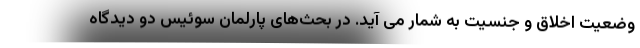
وضعیت اخلاق و جنسیت به شمار می آید. در بحث‌های پارلمان سوئیس دو دیدگاه